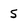
Character: 5